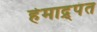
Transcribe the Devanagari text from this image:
हेमाद्र्पंत